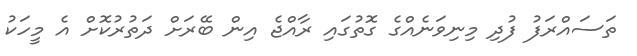
ތަސައްރަފު ފުދި މިނިވަނެއްގެ ގޮތުގައި ރާއްޖެ އިން ބޭރަށް ދަތުރުކޮށް އެ މީހަކު